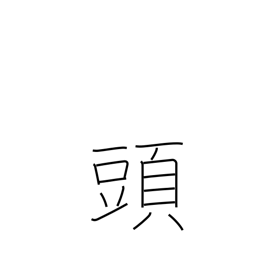
Meaning: counter for large animals